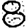
Digit: 8